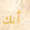
أنك